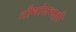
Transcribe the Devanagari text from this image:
गौमांसभक्षी